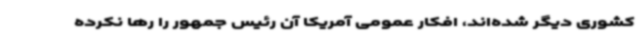
کشوری دیگر شده‌اند، افکار عمومی آمریکا آن رئیس جمهور را رها نکرده